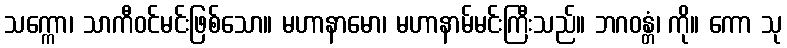
သက္ကော၊ သာကီဝင်မင်းဖြစ်သော။ မဟာနာမော၊ မဟာနာမ်မင်းကြီးသည်။ ဘဂဝန္တံ၊ ကို။ ကော သု